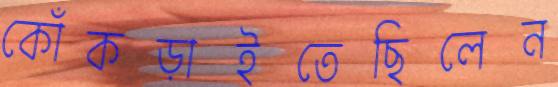
কোঁকড়াইতেছিলেন